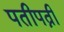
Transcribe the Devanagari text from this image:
पतीपत्नी